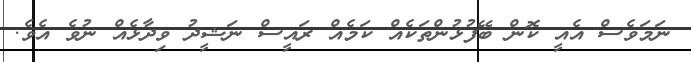
ނަމަވެސް އެއީ ކޮން ބޭފުޅުންތަކެއް ކަމެއް ރައީސް ނަޝީދު ވިދާޅެއް ނުވެ އެވެ.